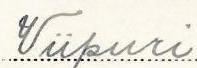
Viipuri